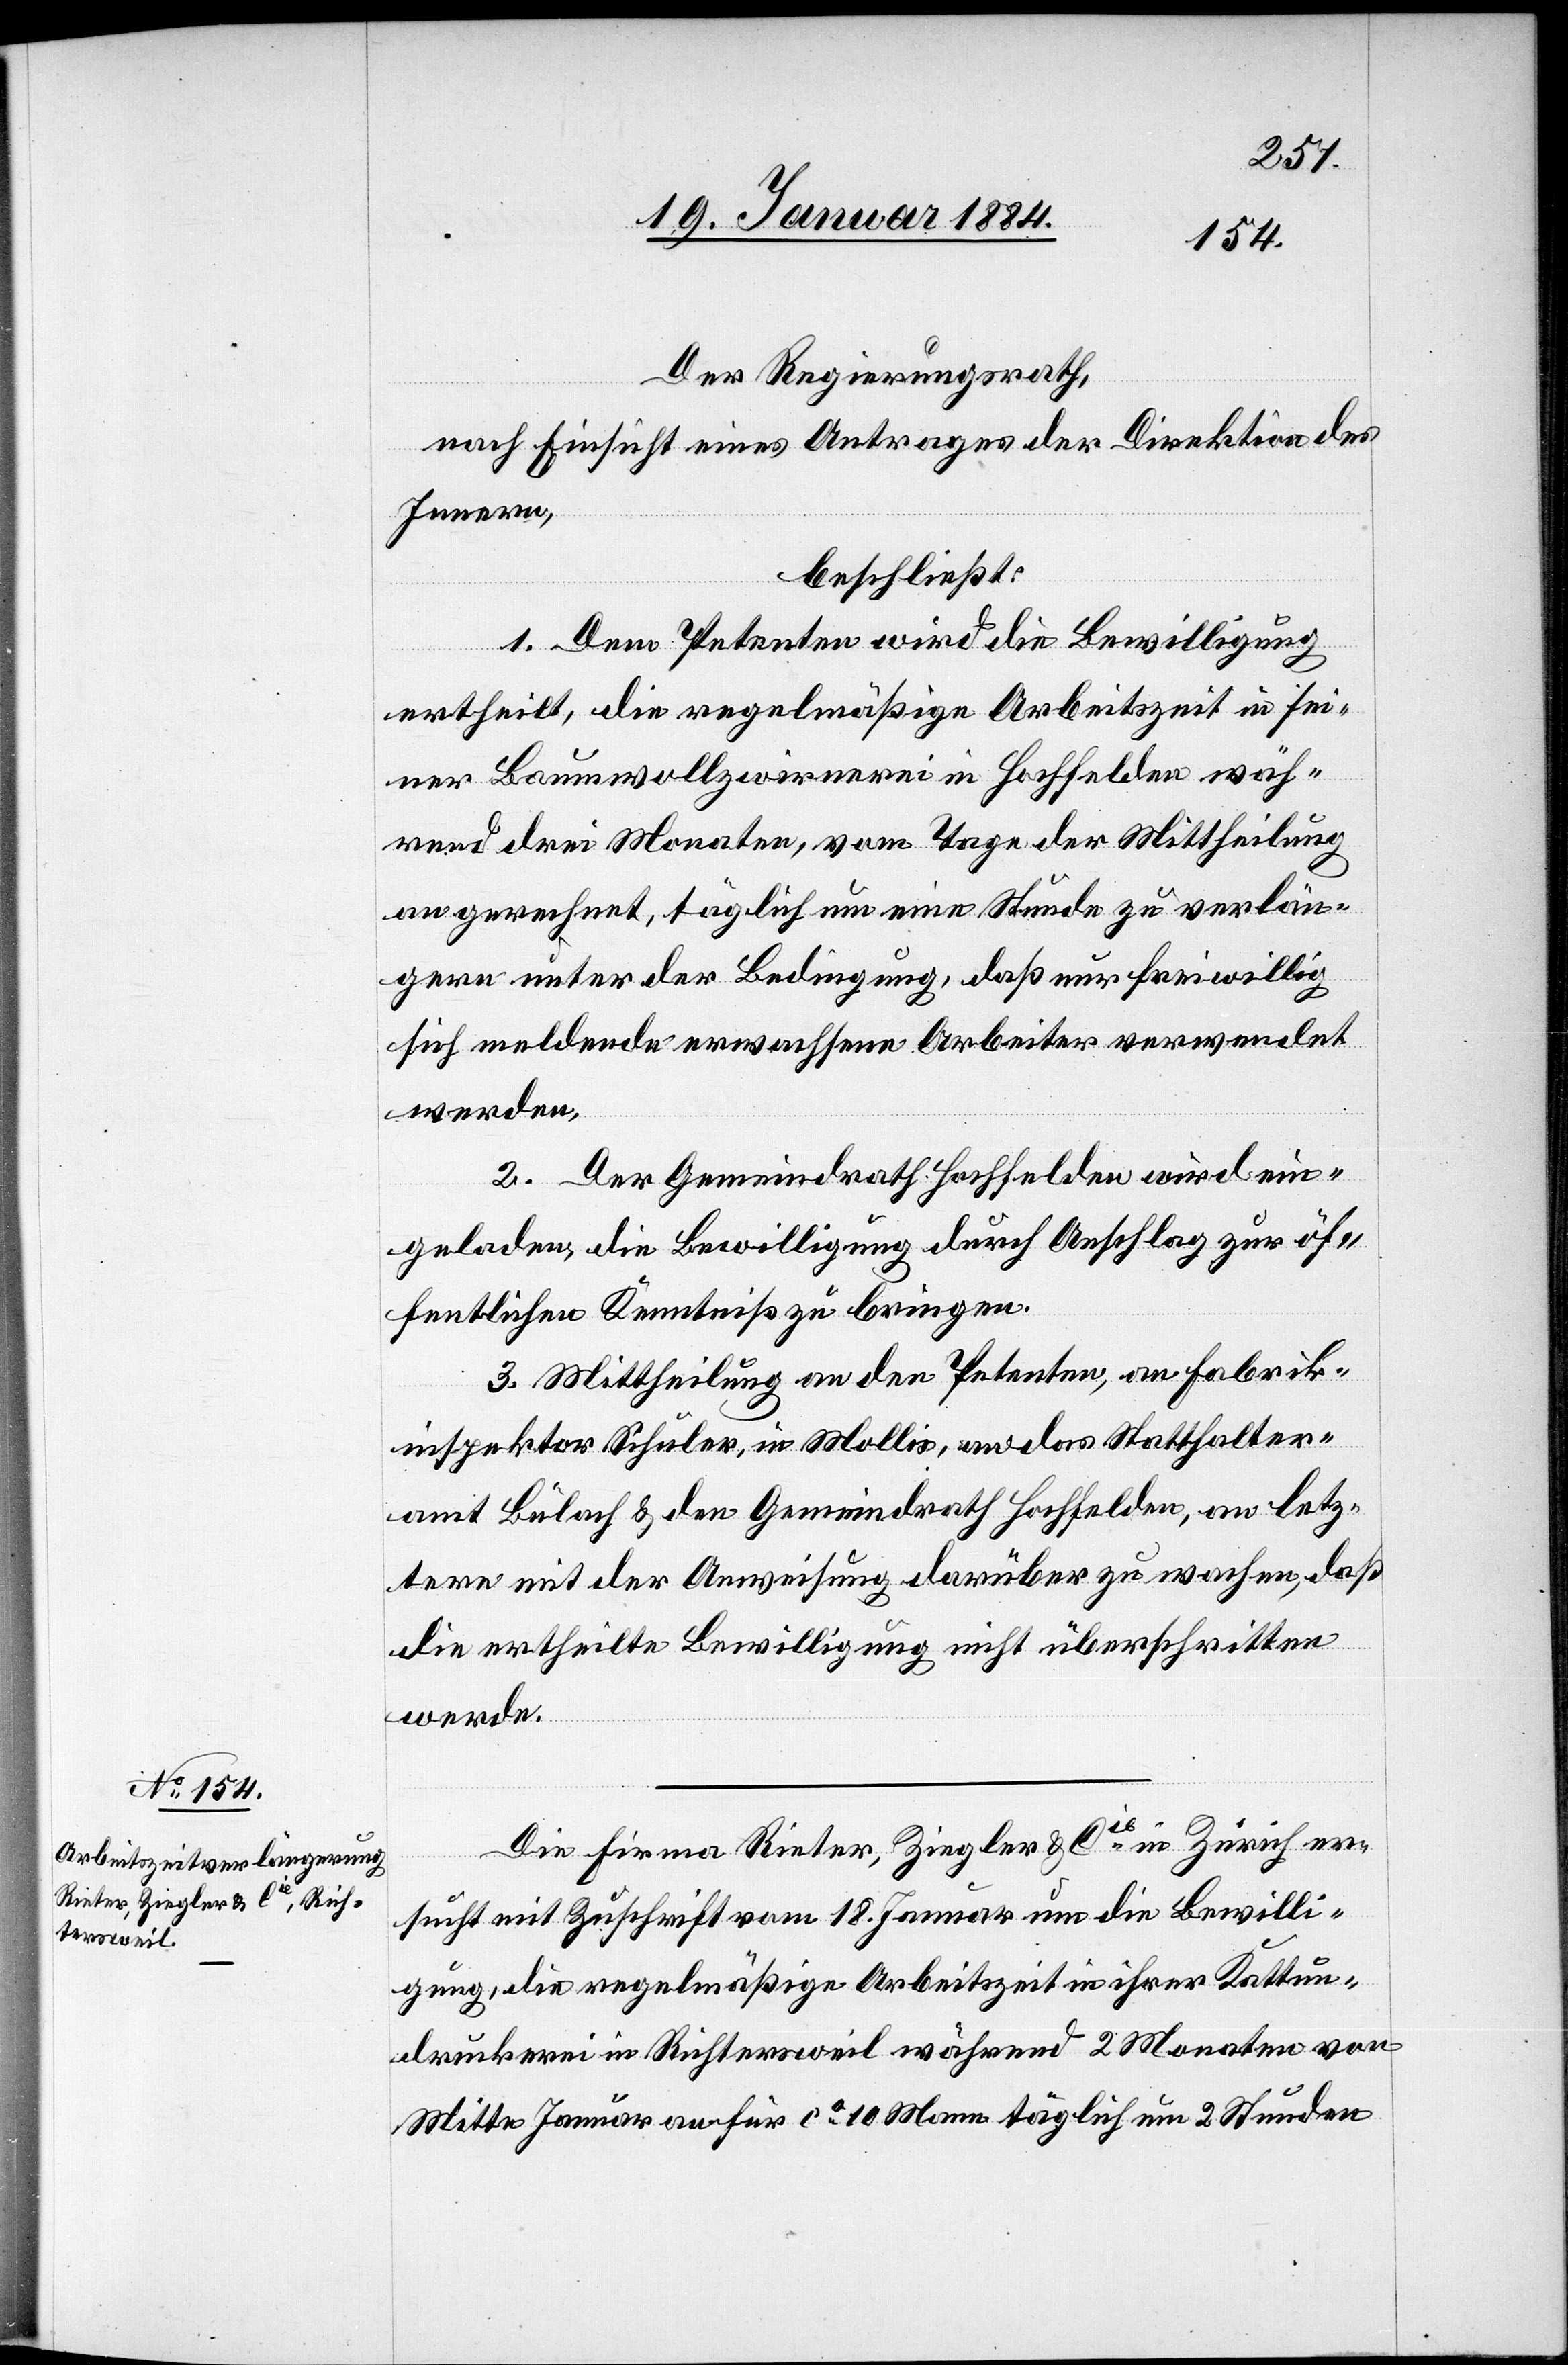
23. Januar 1884.]
Der Regierungsrath,
nach Einsicht eines Antrages der Direktion des
Innern,
beschließt:
1. Dem Petenten wird die Bewilligung
ertheilt, die regelmäßige Arbeitszeit in sei¬
ner Baumwollspinnerei in Hochfelden wäh¬
rend drei Monaten, vom Tage der Mittheilung
an gerechnet, täglich um eine Stunde zu verlän¬
gern unter der Bedingung, daß nur freiwillig
sich meldende erwachsene Arbeiter verwendet
werden.
2. Der Gemeindrath Hochfelden wird ein¬
geladen, die Bewilligung durch Anschlag zur öf¬
fentlichen Kenntniß zu bringen.
3. Mittheilung an den Petenten, an Fabrik¬
inspektor Schuler, in Mollis, an das Statthalter¬
amt Bülach & den Gemeindrath Hochfelden, an letz¬
tere mit der Anweisung, darüber zu wachen, daß
die ertheilte Bewilligung nicht überschritten
werde.
Die Firma Rieter, Ziegler & Cie in Zürich er¬
sucht mit Zuschrift vom 18. Januar um die Bewilli¬
gung, die regelmäßige Arbeitszeit in ihrer Kattun¬
druckerei in Richtersweil während 2 Monaten von
Mitte Januar an für ca 10 Mann täglich um 2 Stunden